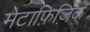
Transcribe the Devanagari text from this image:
मेटाफ़िज़िक